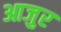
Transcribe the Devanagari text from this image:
आजुर